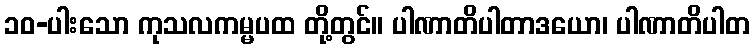
၁၀-ပါးသော ကုသလကမ္မပထ တို့တွင်။ ပါဏာတိပါတာဒယော၊ ပါဏာတိပါတ